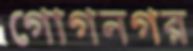
গোগনগর